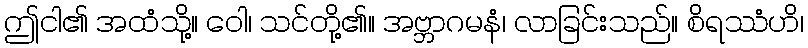
ဤငါ၏ အထံသို့။ ဝေါ၊ သင်တို့၏။ အဗ္ဘာဂမနံ၊ လာခြင်းသည်။ စိရဿံဟိ၊